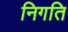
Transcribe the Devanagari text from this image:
निगति